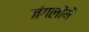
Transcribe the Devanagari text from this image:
जंगलोंमें